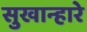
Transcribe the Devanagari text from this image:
सुखान्हारे